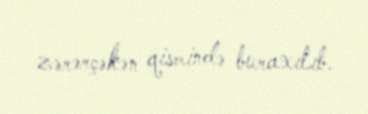
zərərçəkən qismində buraxılıb.